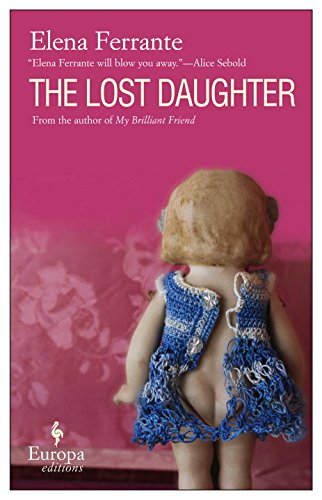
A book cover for The Lost Daughter; Elena Ferrante; Literature & Fiction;